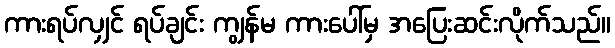
ကားရပ်လျှင် ရပ်ချင်း ကျွန်မ ကားပေါ်မှ အပြေးဆင်းလိုက်သည်။